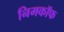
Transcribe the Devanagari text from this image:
निमकॉफ